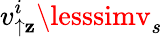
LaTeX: v_{\uparrow\mathbf{z}}^{i}\lesssimv_{s}